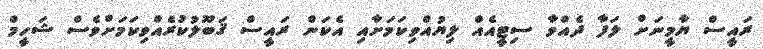
ރައީސް ޔާމީނަށް ލަފާ ދެއްވާ ސިޓީއެއް ލިޔުއްވިކަމަށާއި އެކަން ރައީސް ޤަބޫލުކުރެއްވިކަމަށްވެސް ޝަހީމް